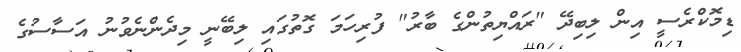
ޑިމޮކްރެސީ އިން ލިބިދޭ "ރައްޔިތުންގެ ބާރު" ފުރިހަމަ ގޮތުގައި ލިބޭނީ މިދެންނެވުނު އަސާސުގެ